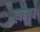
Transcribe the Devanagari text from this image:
क़स्र